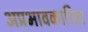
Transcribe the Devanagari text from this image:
अप्रभावकारिता